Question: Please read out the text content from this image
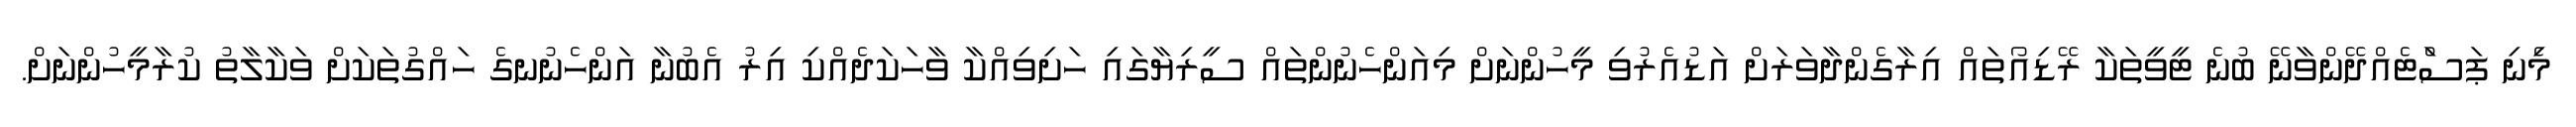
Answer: މިެނި ޕަސަްޓެއްދޭންވާނޭ ބުނެ ޓީވީތަކާ ރޭޑިއޯތައް އިރާގެންދާވަރަށް އަޑުއެރުވި މީހުންނަށް މިއަންހެނުންތައް ސީރިޔާގައި ހަށިވިއްކާ ވާހަކަދެއްކި އިރު އެބުނާ އަންހެނުނގެ ހައްގުތަކަށް ވަކާލާތު ކުރާމީހުންނަށް.